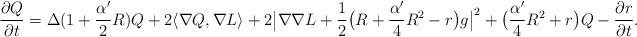
LaTeX: \begin{align*}\frac{\partial Q}{\partial t}=\Delta(1+\frac{\alpha'}{2}R)Q+2\langle\nabla Q,\nabla L\rangle+2\big|\nabla\nabla L+\frac{1}{2}\big(R+\frac{\alpha'}{4}R^2-r\big)g\big|^2+\big(\frac{\alpha'}{4}R^2+r\big)Q-\frac{\partial r}{\partial t}.\end{align*}